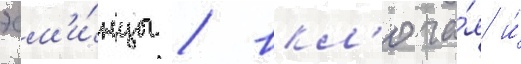
эсм'и́нцы / вкл'юча́я и́